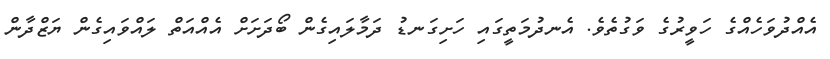
އެއްދުވަހެއްގެ ހަވީރުގެ ވަގުތެވެ. އެނދުމަތީގައި ހަށިގަނޑު ދަމާލައިގެން ބޯދަށަށް އެއްއަތް ލައްވައިގެން ޔަޒްދާން